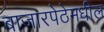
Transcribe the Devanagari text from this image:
बाजारपेठेमधील